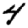
Digit: 4